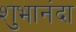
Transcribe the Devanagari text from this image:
शुभानंदा